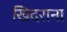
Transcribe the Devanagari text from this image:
खिदराना